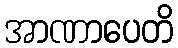
အာဏာပေတိ